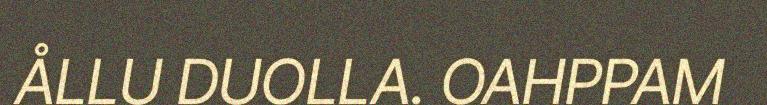
ÅLLU DUOLLA. OAHPPAM